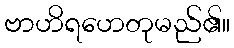
ဗာဟိရဟေတုမည်၏။